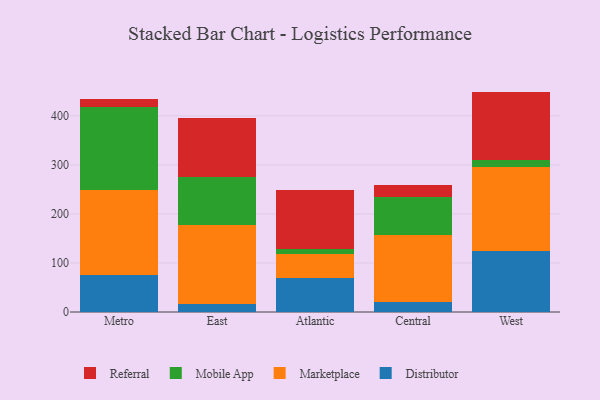
{"axis": {"x": "Region", "y": "Population (Million)"}, "legend": ["Distributor", "Marketplace", "Mobile App", "Referral"], "data": [{"x": "Metro", "y": 76.1, "type": "Distributor"}, {"x": "Metro", "y": 173.6, "type": "Marketplace"}, {"x": "Metro", "y": 169.0, "type": "Mobile App"}, {"x": "Metro", "y": 16.6, "type": "Referral"}, {"x": "East", "y": 16.9, "type": "Distributor"}, {"x": "East", "y": 160.6, "type": "Marketplace"}, {"x": "East", "y": 97.9, "type": "Mobile App"}, {"x": "East", "y": 120.8, "type": "Referral"}, {"x": "Atlantic", "y": 69.8, "type": "Distributor"}, {"x": "Atlantic", "y": 48.4, "type": "Marketplace"}, {"x": "Atlantic", "y": 9.6, "type": "Mobile App"}, {"x": "Atlantic", "y": 121.3, "type": "Referral"}, {"x": "Central", "y": 21.4, "type": "Distributor"}, {"x": "Central", "y": 135.7, "type": "Marketplace"}, {"x": "Central", "y": 77.4, "type": "Mobile App"}, {"x": "Central", "y": 24.0, "type": "Referral"}, {"x": "West", "y": 124.5, "type": "Distributor"}, {"x": "West", "y": 171.2, "type": "Marketplace"}, {"x": "West", "y": 15.0, "type": "Mobile App"}, {"x": "West", "y": 138.9, "type": "Referral"}]}